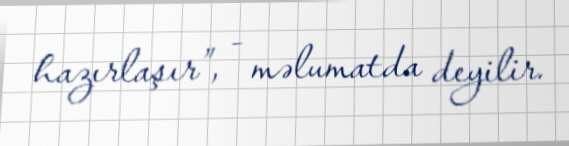
hazırlaşır”, - məlumatda deyilir.